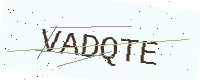
Text: VADQTE